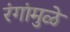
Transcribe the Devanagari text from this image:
रंगांमुळे